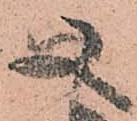
又